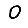
Digit: 0